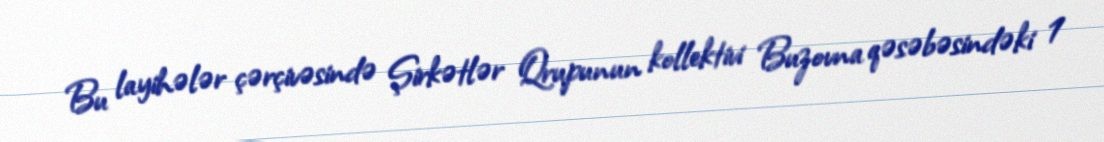
Bu layihələr çərçivəsində Şirkətlər Qrupunun kollektivi Buzovna qəsəbəsindəki 1